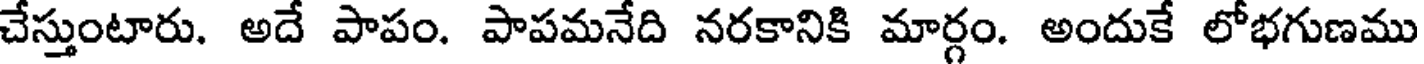
చేస్తుంటారు. అదే పాపం. పాపమనేది నరకానికి మార్గం. అందుకే లోభగుణము